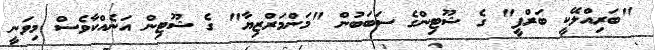
"ބަރިއްލޭކީ ބަރްފީ" ގެ ޝޫޓިންގެ ސަބަބުން "މަންމަރްޒިޔާ" ގެ ޝޫޓިން އަނެއްކާވެސް މިވަނީ